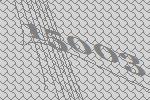
15003